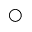
\bigcirc